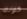
كونه